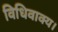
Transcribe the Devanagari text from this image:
विधिवाक्य।